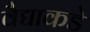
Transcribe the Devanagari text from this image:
वैद्याकडे